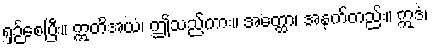
ရှဉ်စေပြီး။ ဣတိအယံ၊ ဤသည်ကား။ အတ္ထော၊ အနက်တည်း။ ဣဒံ၊